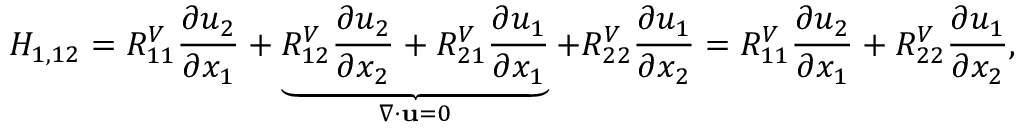
H _ { 1 , 1 2 } = R _ { 1 1 } ^ { V } \frac { \partial u _ { 2 } } { \partial x _ { 1 } } + \underbrace { R _ { 1 2 } ^ { V } \frac { \partial u _ { 2 } } { \partial x _ { 2 } } + R _ { 2 1 } ^ { V } \frac { \partial u _ { 1 } } { \partial x _ { 1 } } } _ { \nabla \cdot \mathbf { u } = 0 } + R _ { 2 2 } ^ { V } \frac { \partial u _ { 1 } } { \partial x _ { 2 } } = R _ { 1 1 } ^ { V } \frac { \partial u _ { 2 } } { \partial x _ { 1 } } + R _ { 2 2 } ^ { V } \frac { \partial u _ { 1 } } { \partial x _ { 2 } } ,